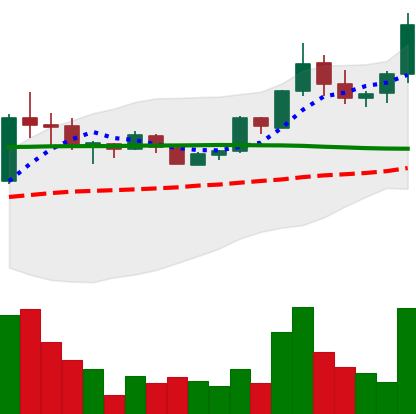
Ticker: BTC-USD
Chart end date: 2015-07-05
Forward return: 4.774%
Label: up_3_5